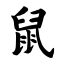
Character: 鼠